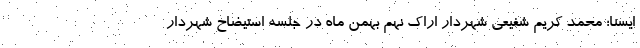
ایسنا؛ محمد کریم شفیعی شهردار اراک نهم بهمن ماه در جلسه استیضاح شهردار